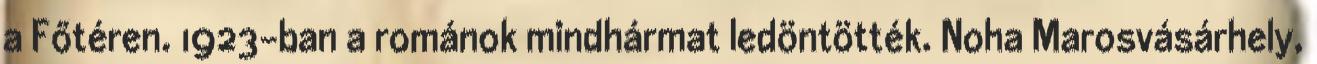
a Főtéren. 1923-ban a románok mindhármat ledöntötték. Noha Marosvásárhely,